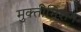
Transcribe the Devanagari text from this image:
मुक्तीमिशन